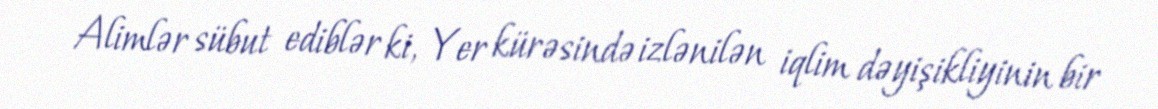
Alimlər sübut ediblər ki, Yer kürəsində izlənilən iqlim dəyişikliyinin bir